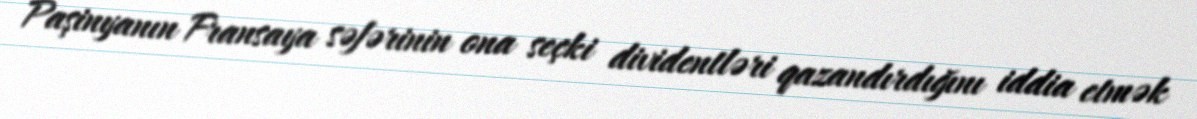
Paşinyanın Fransaya səfərinin ona seçki dividentləri qazandırdığını iddia etmək